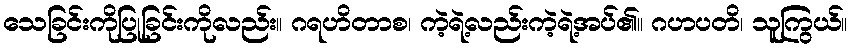
သေခြင်းကိုပြုခြင်းကိုလည်း။ ဂရဟိတာစ၊ ကဲ့ရဲ့လည်းကဲ့ရဲ့အပ်၏။ ဂဟပတိ၊ သူကြွယ်။